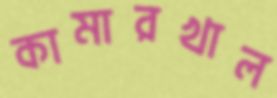
কামারখাল